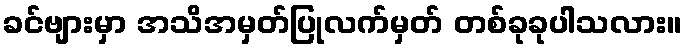
ခင်ဗျားမှာ အသိအမှတ်ပြုလက်မှတ် တစ်ခုခုပါသလား။